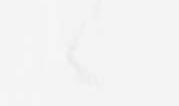
候